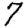
Digit: 7